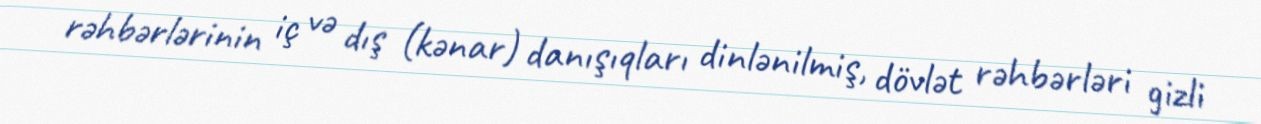
rəhbərlərinin iç və dış (kənar) danışıqları dinlənilmiş, dövlət rəhbərləri gizli